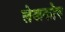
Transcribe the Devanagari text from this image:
लेखकोष